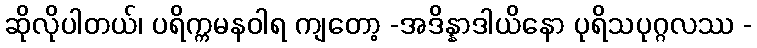
ဆိုလိုပါတယ်၊ ပရိက္ကမနဝါရ ကျတော့ -အဒိန္နာဒါယိနော ပုရိသပုဂ္ဂလဿ -